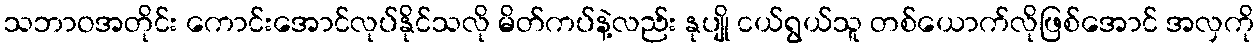
သဘာဝအတိုင်း ကောင်းအောင်လုပ်နိုင်သလို မိတ်ကပ်နဲ့လည်း နုပျို ငယ်ရွယ်သူ တစ်ယောက်လိုဖြစ်အောင် အလှကို